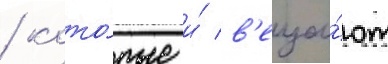
/ кото́рые и́ в'еща́ют